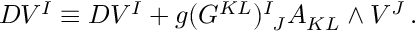
D V ^ { I } \equiv { \cal D } V ^ { I } + g ( G ^ { K L } ) _ { ~ J } ^ { I } A _ { K L } \wedge V ^ { J } \, .